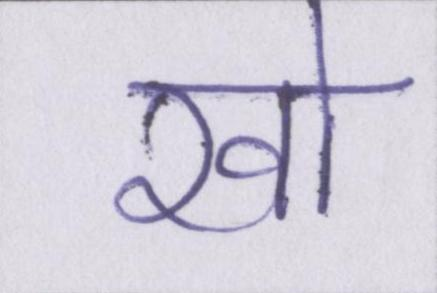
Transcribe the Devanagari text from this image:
खो